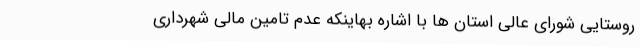
روستایی شورای عالی استان ها با اشاره بهاینکه عدم تامین مالی شهرداری